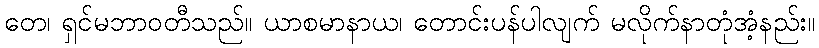
တေ၊ ရှင်မဘာဝတီသည်။ ယာစမာနာယ၊ တောင်းပန်ပါလျက် မလိုက်နာတုံအံ့နည်း။